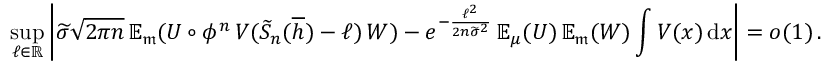
\operatorname* { s u p } _ { \ell \in \mathbb { R } } \left| \widetilde \sigma \sqrt { 2 \pi n } \, { \mathbb { E } } _ { \mathfrak { m } } ( U \circ \phi ^ { n } \, V ( \widetilde S _ { n } ( \overline { { h } } ) - \ell ) \, W ) - e ^ { - \frac { \ell ^ { 2 } } { 2 n \widetilde \sigma ^ { 2 } } } \, { \mathbb { E } } _ { \mu } ( U ) \, { \mathbb { E } } _ { \mathfrak { m } } ( W ) \int V ( x ) \, \mathrm { d } x \right| = o ( 1 ) \, .